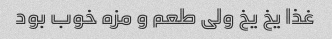
غذا یخ یخ ولی طعم و مزه خوب بود